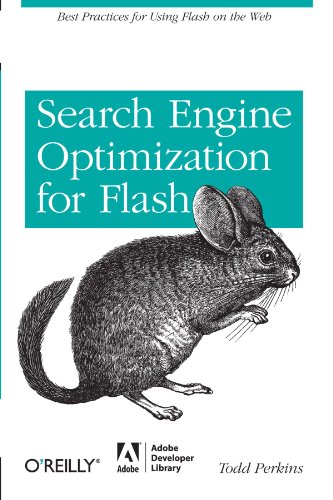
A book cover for Search Engine Optimization for Flash: Best practices for using Flash on the web; Todd Perkins; Computers & Technology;